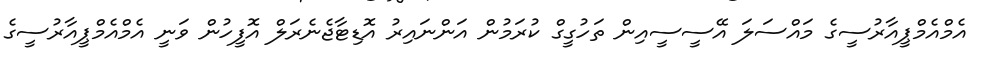
އެމްއެމްޕީއާރުސީގެ މައްސަލަ އޭސީސީއިން ތަހުގީގް ކުރަމުން އަންނައިރު އޮޑިޓާޖެނެރަލް އޮފީހުން ވަނީ އެމްއެމްޕީއާރުސީގެ